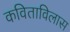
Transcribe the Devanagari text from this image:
कविताविलास